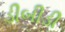
ડીબીડી